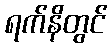
ရက်နိတွင်